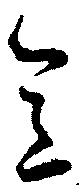
意